Vaccination in Bombay 1863-1868 - 1863-1868
Year: 1863
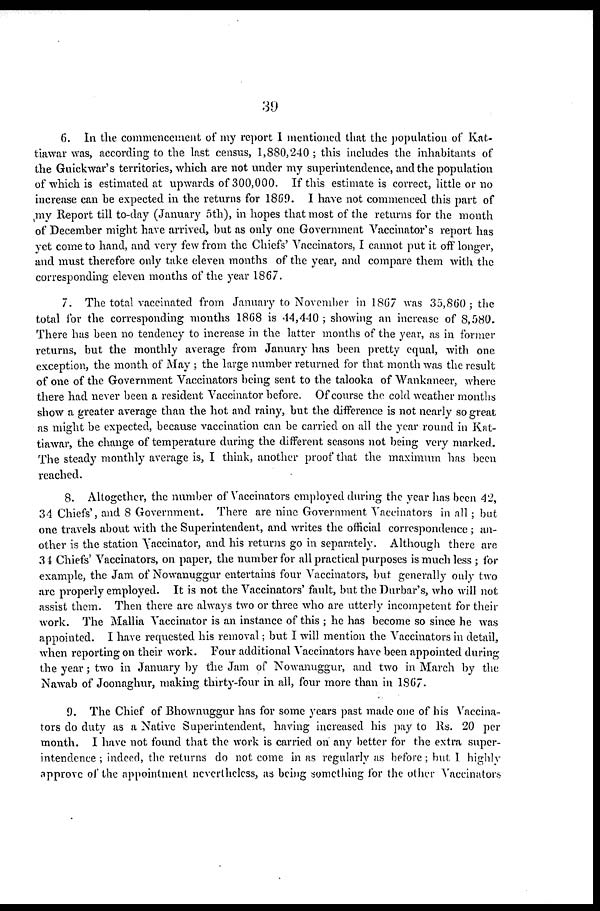
39
6. In the commencement of my report I mentioned that the population of Kat-
tiawar was, according to the last census, 1,880,240 ; this includes the inhabitants of
the Guickwar's territories, which are not under my superintendence, and the population
of which is estimated at upwards of 300,000. If this estimate is correct, little or no
increase can be expected in the returns for 1869. I have not commenced this part of
my Report till to-day (January 5th), in hopes that most of the returns for the month
of December might have arrived, but as only one Government Vaccinator's report has
yet come to hand, and very few from the Chiefs' Vaccinators, I cannot put it off longer,
and must therefore only take eleven months of the year, and compare them with the
corresponding eleven months of the year 1867.
7. The total vaccinated from January to November in 1867 was 35,860; the
total for the corresponding months 1868 is 44,440 ; showing an increase of 8,580.
There has been no tendency to increase in the latter months of the year, as in former
returns, but the monthly average from January has been pretty equal, with one
exception, the month of May ; the large number returned for that month was the result
of one of the Government Vaccinators being sent to the talooka of Wankaneer, where
there had never been a resident Vaccinator before. Of course the cold weather months
show a greater average than the hot and rainy, but the difference is not nearly so great
as might be expected, because vaccination can be carried on all the year round in Kat-
tiawar, the change of temperature during the different seasons not being very marked.
The steady monthly average is, I think, another proof that the maximum has been
reached.
8. Altogether, the number of Vaccinators employed during the year has been 42,
34 Chiefs', and 8 Government. There are nine Government Vaccinators in all ; but
one travels about with the Superintendent, and writes the official correspondence ; an-
other is the station Vaccinator, and his returns go in separately. Although there are
34 Chiefs' Vaccinators, on paper, the number for all practical purposes is much less ; for
example, the Jam of Nowanuggur entertains four Vaccinators, but generally only two
are properly employed. It is not the Vaccinators' fault, but the Durbar's, who will not
assist them. Then there are always two or three who are utterly incompetent for their
work. The Mallia Vaccinator is an instance of this ; he has become so since he was
appointed. I have requested his removal; but I will mention the Vaccinators in detail,
when reporting on their work. Four additional Vaccinators have been appointed during
the year ; two in January by the Jam of Nowanuggur, and two in March by the
Nawab of Joonaghur, making thirty-four in all, four more than in 1867.
9. The Chief of Bhownuggur has for some years past made one of his Vaccina-
tors do duty as a Native Superintendent, having increased his pay to Rs. 20 per
month. I have not found that the work is carried on any better for the extra super-
intendence ; indeed, the returns do not come in as regularly as before ; but I highly
approve of the appointment nevertheless, as being something for the other Vaccinators